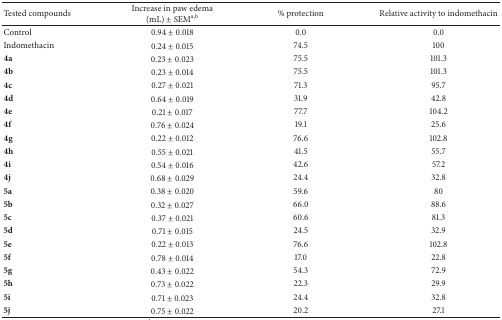
<table><thead><tr><td><b>Tested compounds</b></td><td><b>Increase in paw edema (mL) ± SEM<sup>a,b</sup></b></td><td><b>% protection</b></td><td><b>Relative activity to indomethacin</b></td></tr></thead><tbody><tr><td>Control</td><td>0.94 ± 0.018</td><td>0.0</td><td>0.0 </td></tr><tr><td>Indomethacin</td><td>0.24 ± 0.015</td><td>74.5</td><td>100 </td></tr><tr><td><b>4a</b></td><td>0.23 ± 0.023</td><td>75.5</td><td>101.3 </td></tr><tr><td><b>4b</b></td><td>0.23 ± 0.014</td><td>75.5</td><td>101.3</td></tr><tr><td><b>4c</b></td><td>0.27 ± 0.021</td><td>71.3</td><td>95.7</td></tr><tr><td><b>4d</b></td><td>0.64 ± 0.019</td><td>31.9</td><td>42.8</td></tr><tr><td><b>4e</b></td><td>0.21 ± 0.017</td><td>77.7</td><td>104.2</td></tr><tr><td><b>4f</b></td><td>0.76 ± 0.024</td><td>19.1</td><td>25.6</td></tr><tr><td><b>4g</b></td><td>0.22 ± 0.012</td><td>76.6</td><td>102.8</td></tr><tr><td><b>4h</b></td><td>0.55 ± 0.021</td><td>41.5</td><td>55.7</td></tr><tr><td><b>4i</b></td><td>0.54 ± 0.016</td><td>42.6</td><td>57.2</td></tr><tr><td><b>4j</b></td><td>0.68 ± 0.029</td><td>24.4</td><td>32.8</td></tr><tr><td><b>5a</b></td><td>0.38 ± 0.020</td><td>59.6</td><td>80</td></tr><tr><td><b>5b</b></td><td>0.32 ± 0.027</td><td>66.0</td><td>88.6</td></tr><tr><td><b>5c</b></td><td>0.37 ± 0.021</td><td>60.6</td><td>81.3</td></tr><tr><td><b>5d</b></td><td>0.71 ± 0.015</td><td>24.5</td><td>32.9</td></tr><tr><td><b>5e</b></td><td>0.22 ± 0.013</td><td>76.6</td><td>102.8</td></tr><tr><td><b>5f</b></td><td>0.78 ± 0.014</td><td>17.0</td><td>22.8</td></tr><tr><td><b>5g</b></td><td>0.43 ± 0.022</td><td>54.3</td><td>72.9</td></tr><tr><td><b>5h</b></td><td>0.73 ± 0.022</td><td>22.3</td><td>29.9</td></tr><tr><td><b>5i</b></td><td>0.71 ± 0.023</td><td>24.4</td><td>32.8</td></tr><tr><td><b>5j</b></td><td>0.75 ± 0.022</td><td>20.2</td><td>27.1</td></tr></tbody></table>